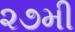
૨૭મી